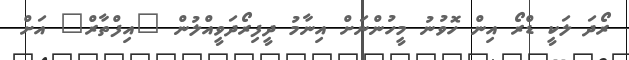
ރޯދަ ލަކީ ޑްރޯ އިން ހޮވުނު މީހުންނަށް އިނާމު ދީފިރޯދަވީއްލުން "އިފްތާރް" އަށް